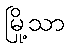
မြို့သာ